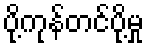
ပို့ကုန်တင်ပို့မှု